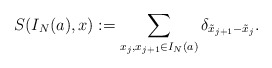
\begin{align*} S(I_N(a),x):=\sum_{x_j,x_{j+1}\in I_N(a)}\delta_{\tilde{x}_{j+1}-\tilde{x}_j}.\end{align*}